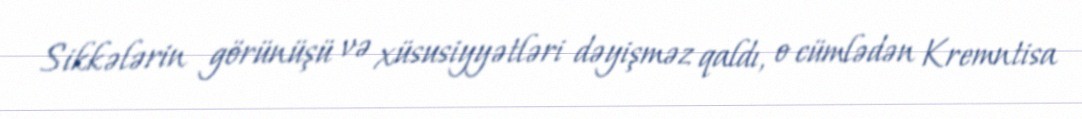
Sikkələrin görünüşü və xüsusiyyətləri dəyişməz qaldı, o cümlədən Kremntisa